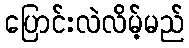
ပြောင်းလဲလိမ့်မည်